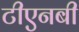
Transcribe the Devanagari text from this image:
टीएनबी